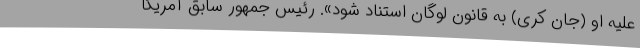
علیه او (جان کری) به قانون لوگان استناد شود». رئیس جمهور سابق آمریکا